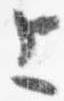
上